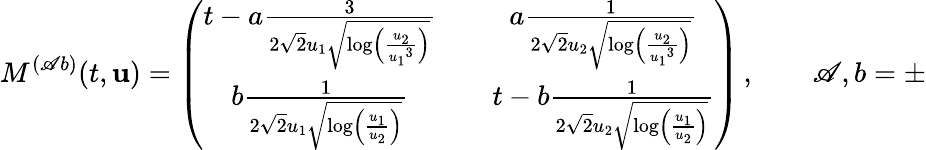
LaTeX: M^{(\mathscr{A}b)}(t,{\mathbf{{u}}})=\left(\begin{array}{ccc}{t-a\frac{3}{2\sqrt{2}{u_{1}}\sqrt{\log\left(\frac{{u_{2}}}{{u_{1}}^{3}}\right)}}}&{}&{a\frac{1}{2\sqrt{2}{u_{2}}\sqrt{\log\left(\frac{{u_{2}}}{{u_{1}}^{3}}\right)}}}\\ {b\frac{1}{2\sqrt{2}{u_{1}}\sqrt{\log\left(\frac{{u_{1}}}{{u_{2}}}\right)}}}&{}&{t-b\frac{1}{2\sqrt{2}{u_{2}}\sqrt{\log\left(\frac{{u_{1}}}{{u_{2}}}\right)}}}\end{array}\right)\, ,\qquad\mathscr{A},b=\pm